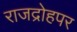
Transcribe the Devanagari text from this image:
राजद्रोहपर